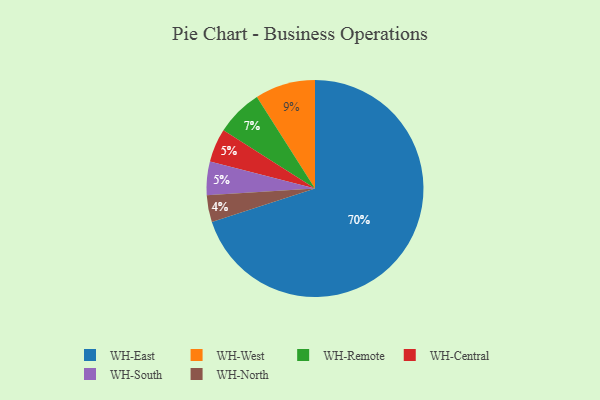
{"axis": {"x": "Category", "y": "Percentage"}, "legend": ["WH-Central", "WH-East", "WH-North", "WH-Remote", "WH-South", "WH-West"], "data": [{"x": "WH-Central", "y": 5, "type": "WH-Central"}, {"x": "WH-West", "y": 9, "type": "WH-West"}, {"x": "WH-East", "y": 70, "type": "WH-East"}, {"x": "WH-North", "y": 4, "type": "WH-North"}, {"x": "WH-South", "y": 5, "type": "WH-South"}, {"x": "WH-Remote", "y": 7, "type": "WH-Remote"}]}